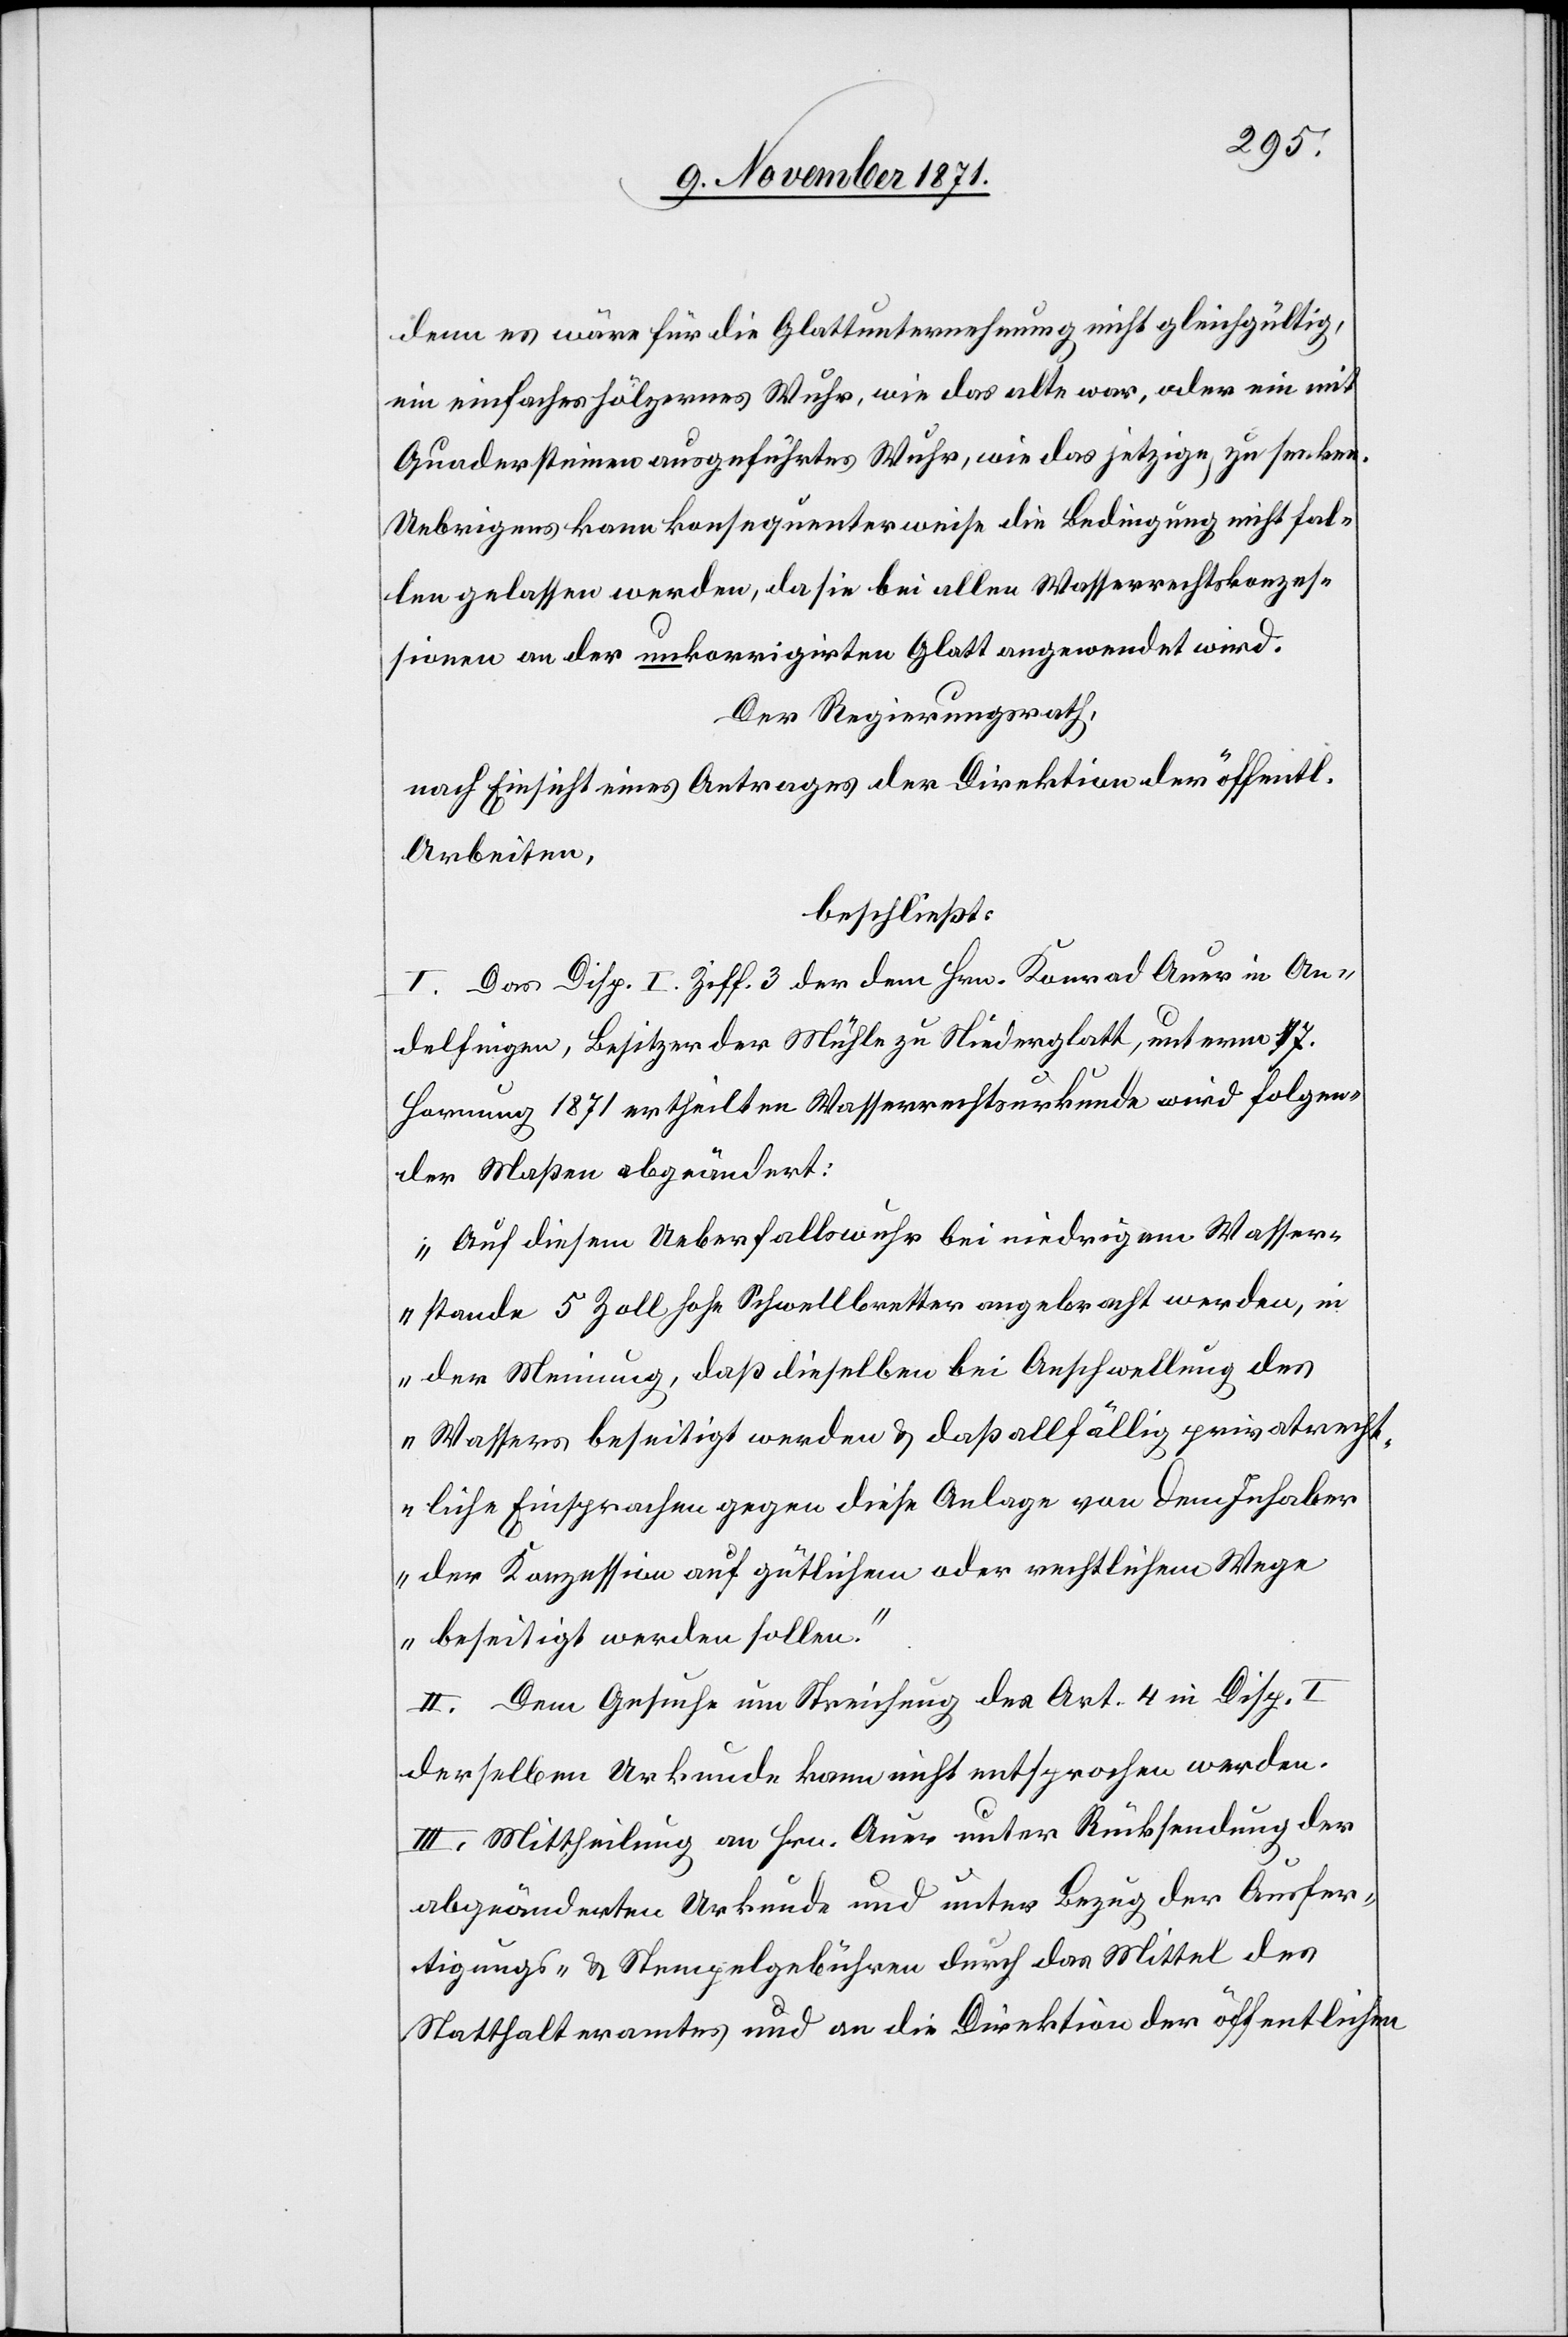
denn es wäre für die Glattunternehmung nicht gleichgültig,
ein einfaches hölzernes Wuhr, wie das alte war, oder ein mit
Quadersteinen ausgeführtes Wuhr, wie das jetzige, zu senken.
Uebrigens kann konsequenterweise die Bedingung nicht fal¬
len gelassen werden, da sie bei allen Wasserrechtskonzes¬
sionen an der unkorrigirten Glatt angewendet wird.
Der Regierungsrath,
nach Einsicht eines Antrages der Direktion der öffentl.
Arbeiten,
beschließt:
I. Das Disp. I. Ziff. 3 der dem Hrn. Konrad Auer in An¬
delfingen, Besitzer der Mühle zu Niederglatt, unterm 17.
Hornung 1871 ertheilten Wasserrechtsurkunde wird folgen¬
der Maßen abgeändert:
„Auf diesem Ueberfallswuhr [dürfen] bei niedrigem Wasser¬
stande 5 Zoll hohe Schwellbretter angebracht werden, in
der Meinung, daß dieselben bei Anschwellung des
Wassers beseitigt werden & daß allfällig privatrecht¬
liche Einsprachen gegen diese Anlage von dem Inhaber
der Konzession auf gütlichem oder rechtlichem Wege
beseitigt werden sollen.“
II. Dem Gesuche um Streichung des Art. 4 in Disp. I
derselben Urkunde kann nicht entsprochen werden.
III. Mittheilung an Hrn. Auer unter Rücksendung der
abgeänderten Urkunde und unter Bezug der Ausfer¬
tigungs- & Stempelgebühren durch das Mittel des
Statthalteramtes und an die Direktion der öffentlichen